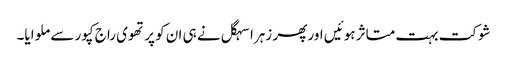
شوکت بہت متاثر ہوئیں اور پھر زہرا سہگل نے ہی ان کو پرتھوی راج کپور سے ملوایا۔